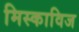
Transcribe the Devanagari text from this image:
मिस्काविज